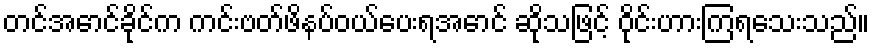
တင်အောင်ခိုင်က ကင်းဗတ်ဖိနပ်ဝယ်ပေးရအောင် ဆိုသဖြင့် ဝိုင်းဟားကြရသေးသည်။